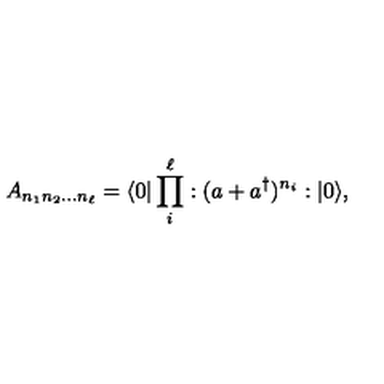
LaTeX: A _ { n _ { 1 } n _ { 2 } \dots n _ { \ell } } = \langle 0 | \prod _ { i } ^ { \ell } : ( a + a ^ { \dag } ) ^ { n _ { i } } : | 0 \rangle ,